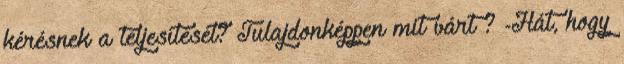
kérésnek a teljesítését? Tulajdonképpen mit várt ? -Hát, hogy